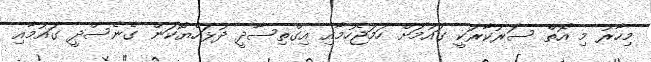
މިހާރު މި އޮތް ސަރުކާރަކީ ގައުމަށް ހަމަޖެހުމާއި އިގްތިސާދީ ދުޅަހެޔޮކަން ގެނެސްދީ ގައުމާއި